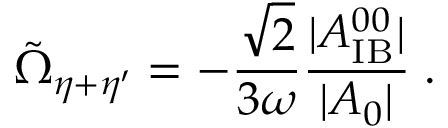
\tilde { \Omega } _ { \eta + \eta ^ { \prime } } = - \frac { \sqrt { 2 } } { 3 \omega } \frac { | A _ { \mathrm { I B } } ^ { 0 0 } | } { | A _ { 0 } | } \; .